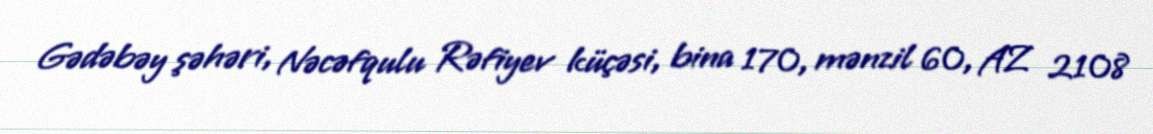
Gədəbəy şəhəri, Nəcəfqulu Rəfiyev küçəsi, bina 170, mənzil 60, AZ 2108